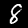
Label: 8